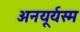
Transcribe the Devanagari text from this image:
अनयूर्यस्म